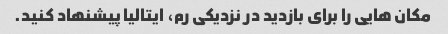
مکان هایی را برای بازدید در نزدیکی رم، ایتالیا پیشنهاد کنید.